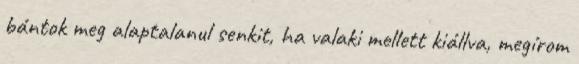
bántok meg alaptalanul senkit, ha valaki mellett kiállva, megírom